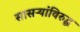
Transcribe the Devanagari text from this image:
सासऱ्यांविरुद्ध